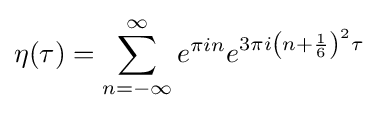
\eta (\tau )=\sum _{n=-\infty }^{\infty }e^{\pi in}e^{3\pi i\left(n+{\frac {1}{6}}\right)^{2}\tau }